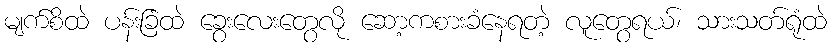
မျက်စိထဲ ပန်းခြံထဲ ခွေးလေးတွေလို ဆော့ကစားခံနေရတဲ့ လူတွေရယ်၊ သားသတ်ရုံထဲ